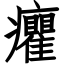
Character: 癯